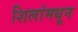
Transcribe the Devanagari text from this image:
शिलांमधून